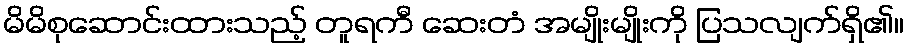
မိမိစုဆောင်းထားသည့် တူရကီ ဆေးတံ အမျိုးမျိုးကို ပြသလျက်ရှိ၏။